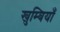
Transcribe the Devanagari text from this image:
खुम्बियाँ